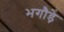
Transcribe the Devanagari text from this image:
भगौड़े